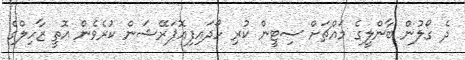
ދެ ގޯލުން ބާންލީގެ މައްޗަށް ސިޓީން ކުރި ހޯދައިފިއޮޕަރޭޝަން ކުރެވެން އޮތީ ޒާހިލްގެ